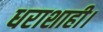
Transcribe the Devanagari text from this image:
धराशाही।